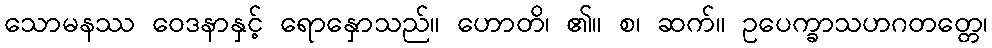
သောမနဿ ဝေဒနာနှင့် ရောနှောသည်။ ဟောတိ၊ ၏။ စ၊ ဆက်။ ဥပေက္ခာသဟဂတတ္တေ၊